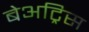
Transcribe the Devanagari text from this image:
बेअट्रिस